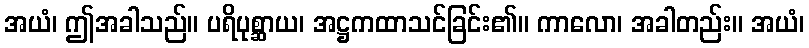
အယံ၊ ဤအခါသည်။ ပရိပုစ္ဆာယ၊ အဋ္ဌကထာသင်ခြင်း၏။ ကာလော၊ အခါတည်း။ အယံ၊